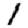
Digit: 1